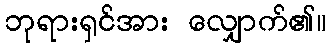
ဘုရားရှင်အား လျှောက်၏။